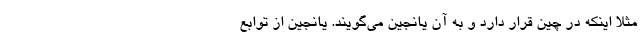
مثلا اینکه در چین قرار دارد و به آن یانجین می‌گویند. یانجین از توابع